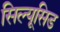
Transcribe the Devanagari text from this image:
सिल्यूसिड